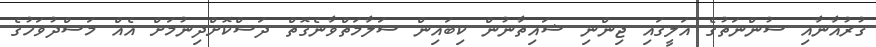
ޤުރުއާނާއި ސުންނަތުގެ އަލީގައި ޖިންނި ޝައިތާނުން ކިބައިން ސަލާމަތްވާނެގޮތް ދަސްކޮށްދިނުމަށް އެއް މަސްދުވަހުގެ